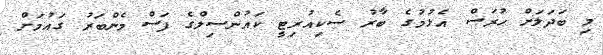
މި ބަދަލަށް ހުރަސް އެޅުމުގެ ބާރު ސެކިއުރިޓީ ކައުންސިލްގެ ފަސް މެންބަރު ގައުމަށް